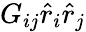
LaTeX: G_{ij}\hat{r}_{i}\hat{r}_{j}